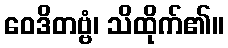
ဝေဒိတဗ္ဗံ၊ သိထိုက်၏။